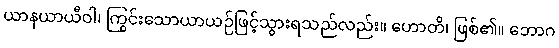
ယာနယာယီဝါ၊ ကြွင်းသောယာယဉ်ဖြင့်သွားရသည်လည်း။ ဟောတိ၊ ဖြစ်၏။ ဘောဂ